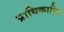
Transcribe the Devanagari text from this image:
प्राधिकारित